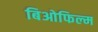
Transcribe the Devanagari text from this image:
बिओफिल्म